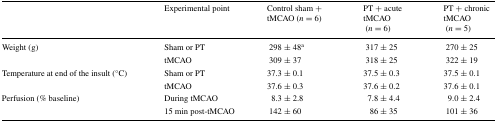
<table><thead><tr><td></td><td><b>Experimental point</b></td><td><b>Control sham + tMCAO (<i>n</i> = 6)</b></td><td><b>PT + acute tMCAO (<i>n</i> = 6)</b></td><td><b>PT + chronic tMCAO (<i>n</i> = 5)</b></td></tr></thead><tbody><tr><td rowspan="2">Weight (g)</td><td>Sham or PT</td><td>298 ± 48<sup>a</sup></td><td>317 ± 25</td><td>270 ± 25</td></tr><tr><td>tMCAO</td><td>309 ± 37</td><td>318 ± 25</td><td>322 ± 19</td></tr><tr><td rowspan="2">Temperature at end of the insult (°C)</td><td>Sham or PT</td><td>37.3 ± 0.1</td><td>37.5 ± 0.3</td><td>37.5 ± 0.1</td></tr><tr><td>tMCAO</td><td>37.6 ± 0.3</td><td>37.6 ± 0.2</td><td>37.6 ± 0.1</td></tr><tr><td rowspan="2">Perfusion (% baseline)</td><td>During tMCAO</td><td>8.3 ± 2.8</td><td>7.8 ± 4.4</td><td>9.0 ± 2.4</td></tr><tr><td>15 min post-tMCAO</td><td>142 ± 60</td><td>86 ± 35</td><td>101 ± 36</td></tr></tbody></table>